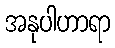
အနုပါဟာရာ